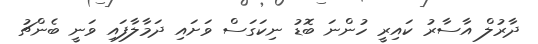
ދާރުލް އާސާރު ކައިރީ ހުންނަ ބޮޑު ނިކަގަސް ވަށައި ދަމާލާފައި ވަނީ ބެންޗު